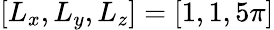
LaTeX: [L_{x},L_{y},L_{z}]=[1,1,5\pi]